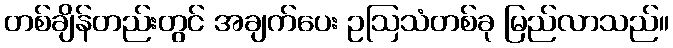
တစ်ချိန်တည်းတွင် အချက်ပေး ဥဩသံတစ်ခု မြည်လာသည်။